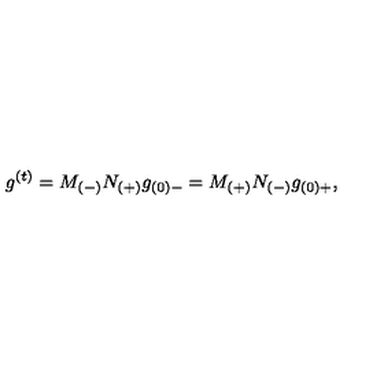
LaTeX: g ^ { ( t ) } = M _ { ( - ) } N _ { ( + ) } g _ { ( 0 ) - } = M _ { ( + ) } N _ { ( - ) } g _ { ( 0 ) + } ,